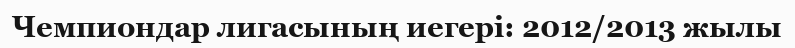
Чемпиондар лигасының иегері: 2012/2013 жылы